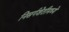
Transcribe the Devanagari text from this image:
निसर्गशेतीमध्ये